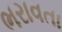
ભરાવતા